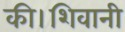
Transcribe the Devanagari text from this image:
की।शिवानी